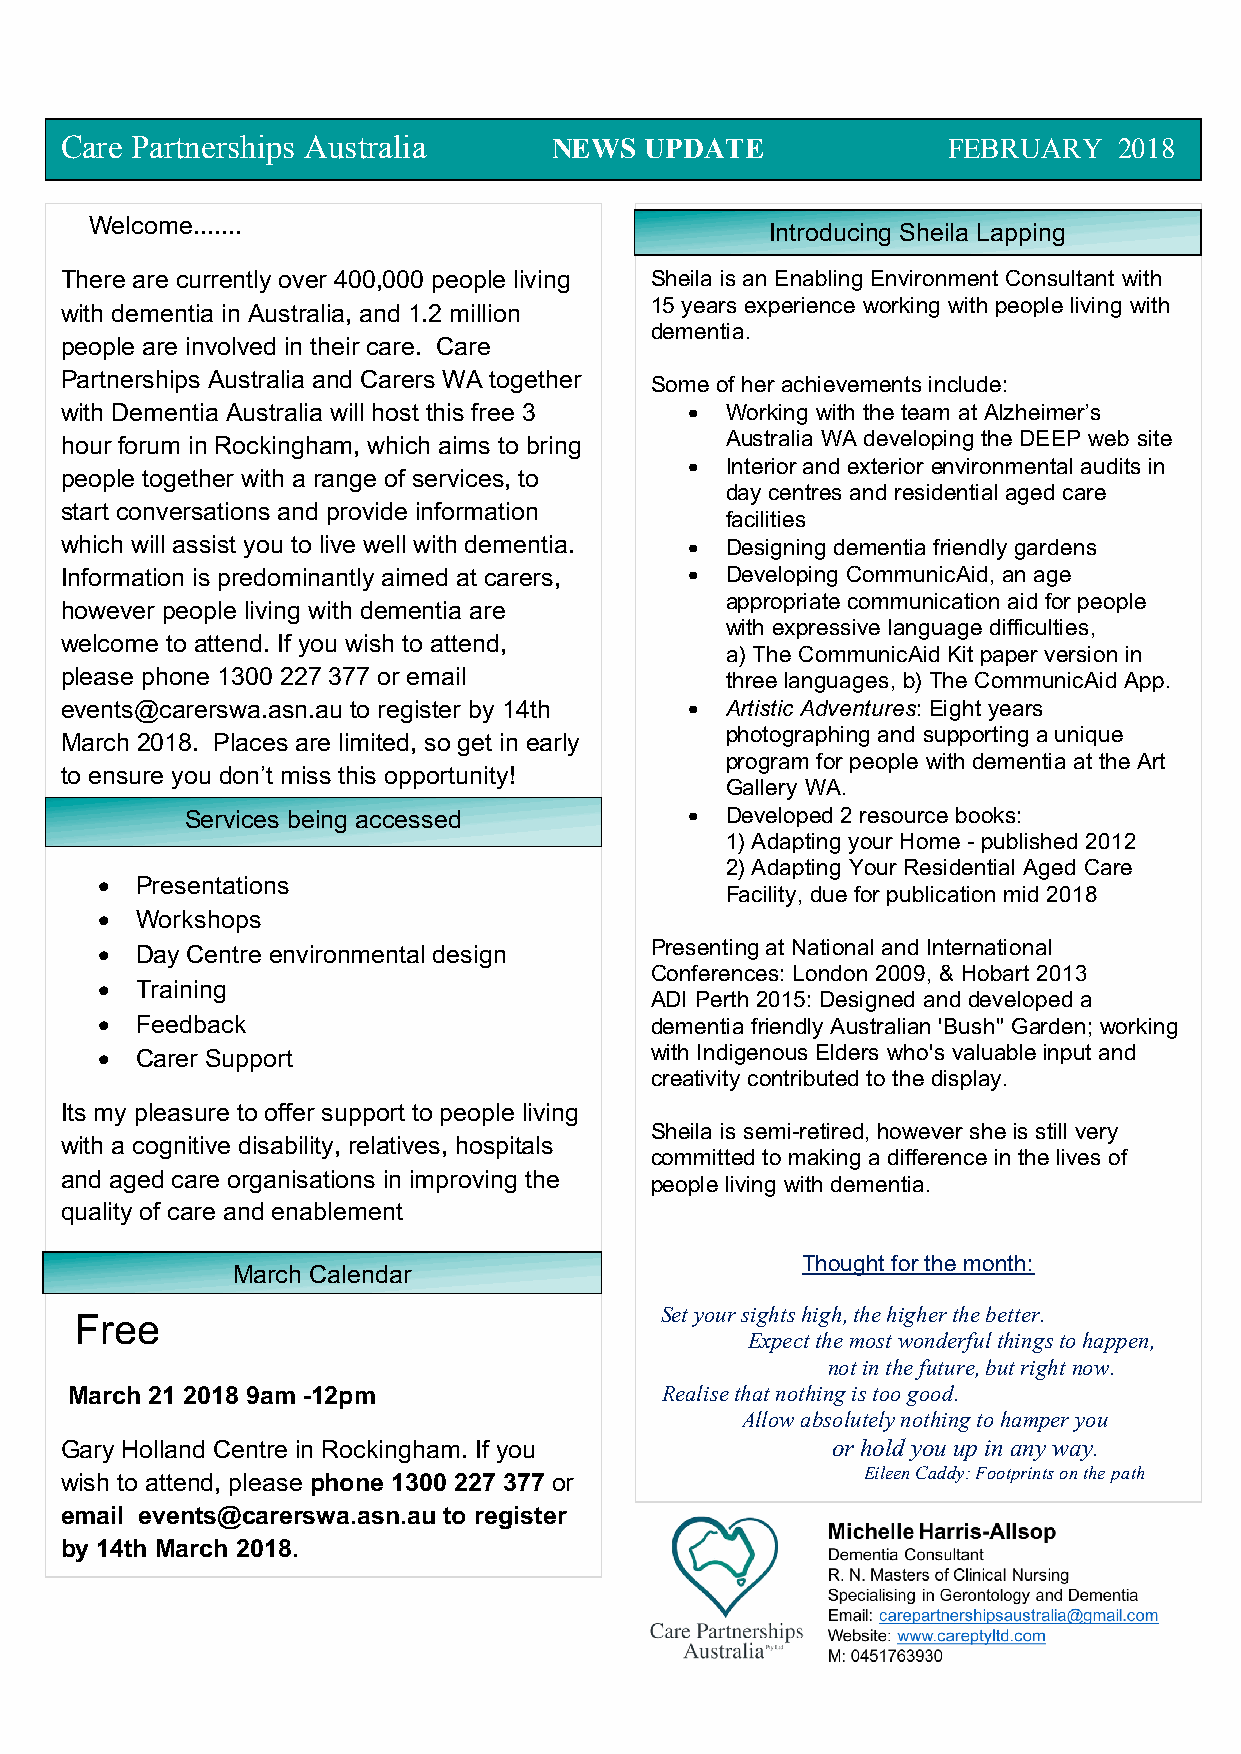
C are Partnerships Australia     NEWS  UPDATE              FEBRUARY   2018
 Welcome.......
 Introducing Sheila Lapping
 There are currently over 400,000 people living Sheila is an Enabling Environment Consultant with
 15 years experience working with people living with
 with dementia in Australia, and 1.2 million
 dementia.
 people are involved in their care. Care
 Partnerships Australia and Carers WA together Some of her achievements include:
 w ith Dementia Australia will host this free 3 • Working with the team at Alzheimer’s
 hour forum in Rockingham, which aims to bring Australia WA developing the DEEP web site
 • Interior and exterior environmental audits in
 people together with a range of services, to
 day centres and residential aged care
 st art conversations and provide information
 facilities
 which will assist you to live well with dementia. • Designing dementia friendly gardens
 In formation is predominantly aimed at carers, • Developing CommunicAid, an age
 appropriate communication aid for people
 however people living with dementia are
 with expressive language difficulties,
 welcome to attend. If you wish to attend,
 a) The CommunicAid Kit paper version in
 pl ease phone 1300 227 377 or email         three languages, b) The CommunicAid App.
 events@carerswa.asn.au to register by 14th • Artistic Adventures: Eight years
 photographing and supporting a unique
 March 2018. Places are limited, so get in early
 program for people with dementia at the Art
 to ensure you don’t miss this opportunity!
 Gallery WA.
 Services being accessed           • Developed 2 resource books:
 1) Adapting your Home - published 2012
 2) Adapting Your Residential Aged Care
 •  Presentations
 Facility, due for publication mid 2018
 •  Workshops
 Presenting at National and International
 •  Day Centre environmental design
 Conferences: London 2009, & Hobart 2013
 •  Training
 ADI Perth 2015: Designed and developed a
 •  Feedback                          dementia friendly Australian 'Bush" Garden; working
 •  Carer Support                     with Indigenous Elders who's valuable input and
 creativity contributed to the display.
 Its my pleasure to offer support to people living
 Sheila is semi-retired, however she is still very
 with a cognitive disability, relatives, hospitals
 committed to making a difference in the lives of
 and aged care organisations in improving the people living with dementia.
 qu ality of care and enablement
 Thought for the month:
 March Calendar
 F ree
 Set your sights high, the higher the better.
 Expect the most wonderful things to happen,
 not in the future, but right now.
 March 21 2018 9am -12pm                 Realise that nothing is too good.
 Allow absolutely nothing to hamper you
 Gary Holland Centre in Rockingham. If you          or hold you up in any way.
 Eileen Caddy: Footprints on the path
 wish to attend, please phone 1300 227 377 or
 email events@carerswa.asn.au to register
 by 14th March 2018.